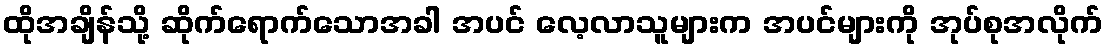
ထိုအချိန်သို့ ဆိုက်ရောက်သောအခါ အပင် လေ့လာသူများက အပင်များကို အုပ်စုအလိုက်